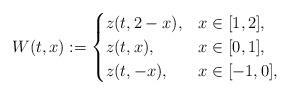
LaTeX: \begin{align*}W(t,x):= \begin{cases}z(t, 2-x), &x \in [1,2],\\z(t,x), & x \in [0,1],\\z(t,-x), & x \in [-1,0],\end{cases}\end{align*}